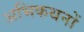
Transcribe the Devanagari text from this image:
अभिकथनों